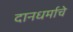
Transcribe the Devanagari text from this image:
दानधर्माचे